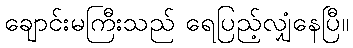
ချောင်းမကြီးသည် ရေပြည့်လျှံနေပြီ။